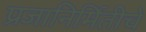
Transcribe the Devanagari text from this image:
प्रजानिर्मितीचे